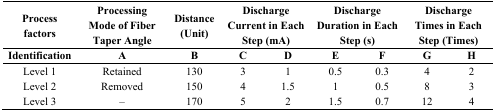
<table><thead><tr><td><b>Process factors</b></td><td><b>Processing Mode of Fiber Taper Angle</b></td><td><b>Distance (Unit)</b></td><td colspan="2"><b>Discharge Current in Each Step (mA)</b></td><td colspan="2"><b>Discharge Duration in Each Step (s)</b></td><td colspan="2"><b>Discharge Times in Each Step (Times)</b></td></tr><tr><td><b>Identification</b></td><td><b>A</b></td><td><b>B</b></td><td><b>C</b></td><td><b>D</b></td><td><b>E</b></td><td><b>F</b></td><td><b>G</b></td><td><b>H</b></td></tr></thead><tbody><tr><td>Level 1</td><td>Retained</td><td>130</td><td>3</td><td>1</td><td>0.5</td><td>0.3</td><td>4</td><td>2</td></tr><tr><td>Level 2</td><td>Removed</td><td>150</td><td>4</td><td>1.5</td><td>1</td><td>0.5</td><td>8</td><td>3</td></tr><tr><td>Level 3</td><td>–</td><td>170</td><td>5</td><td>2</td><td>1.5</td><td>0.7</td><td>12</td><td>4</td></tr></tbody></table>